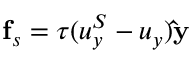
\mathbf { f } _ { s } = \tau ( u _ { y } ^ { S } - u _ { y } ) \mathbf { \hat { y } }